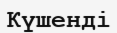
Күшенді